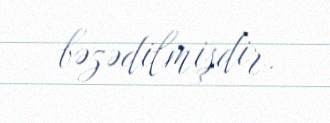
bəzədilmişdir.